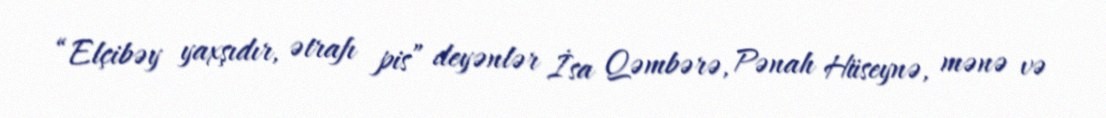
“Elçibəy yaxşıdır, ətrafı pis” deyənlər İsa Qəmbərə, Pənah Hüseynə, mənə və